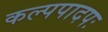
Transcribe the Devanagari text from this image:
कल्पपादपः